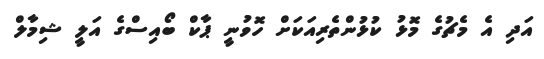
އަދި އެ މެޗުގެ މޮޅު ކުޅުންތެރިއަކަށް ހޮވުނީ ޕާކް ބޯއިސްގެ އަލީ ޝިމާލް